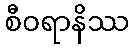
စီဝရာနိဿ